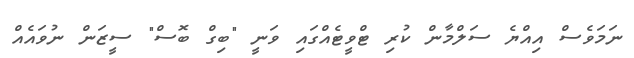
ނަމަވެސް އިއްޔެ ސަލްމާން ކުރި ޓްވީޓެއްގައި ވަނީ "ބިގް ބޮސް" ސީޒަން ނުވައެއް